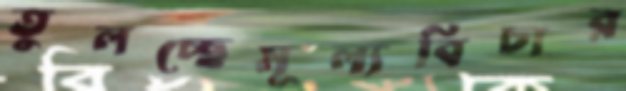
তুলচ্ছেমূল্যবিচার